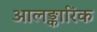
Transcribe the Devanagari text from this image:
आलङ्कारिंक